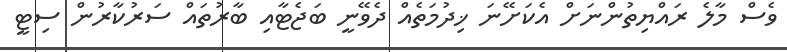
ވެސް މާލެ ރައްޔިތުންނަށް އެކަށޭނަ ޚިދުމަތެއް ދެވޭނީ ބަޖެޓާއި ބާރުތައް ސަރުކާރުން ސިޓީ